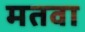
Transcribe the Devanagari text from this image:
मतवा